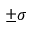
\pm \sigma